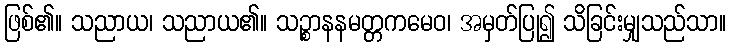
ဖြစ်၏။ သညာယ၊ သညာယ၏။ သဉ္စာနနမတ္တကမေဝ၊ အမှတ်ပြု၍ သိခြင်းမျှသည်သာ။